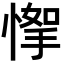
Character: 𢞙